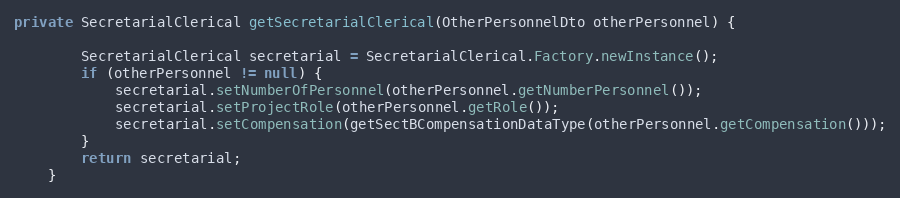
Language: Java
private SecretarialClerical getSecretarialClerical(OtherPersonnelDto otherPersonnel) {

        SecretarialClerical secretarial = SecretarialClerical.Factory.newInstance();
        if (otherPersonnel != null) {
            secretarial.setNumberOfPersonnel(otherPersonnel.getNumberPersonnel());
            secretarial.setProjectRole(otherPersonnel.getRole());
            secretarial.setCompensation(getSectBCompensationDataType(otherPersonnel.getCompensation()));
        }
        return secretarial;
    }